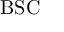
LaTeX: \mathrm { B S C }